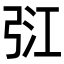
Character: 𢏠